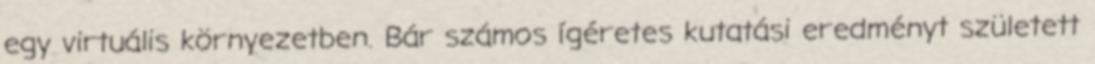
egy virtuális környezetben. Bár számos ígéretes kutatási eredményt született